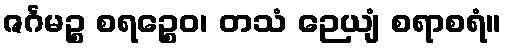
ဇင်္ဂမဉ္စ စရဉ္စေဝ၊ တသံ ဉေယျံ စရာစရံ။